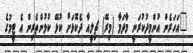
"އަހަރެން އުންމީދުކުރަނީ މާދަމާ (މިރޭ) ޗިލީއާ ދެކޮޅަށް ކުޅޭ ކުޅުންތެރިން އެ ޓީމުގެ